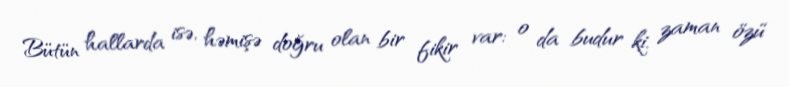
Bütün hallarda isə, həmişə doğru olan bir fikir var: o da budur ki, zaman özü